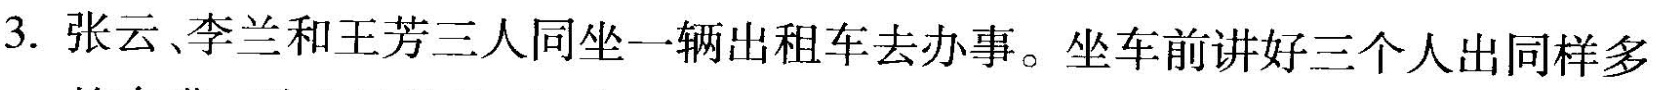
3.张云、李兰和王芳三人同坐一辆出租车去办事。坐车前讲好三个人出同样多